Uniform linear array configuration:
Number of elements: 24
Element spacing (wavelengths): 0.25
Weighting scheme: kaiser
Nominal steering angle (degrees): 0
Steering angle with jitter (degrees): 1.03
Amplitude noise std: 0.05
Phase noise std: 0.05

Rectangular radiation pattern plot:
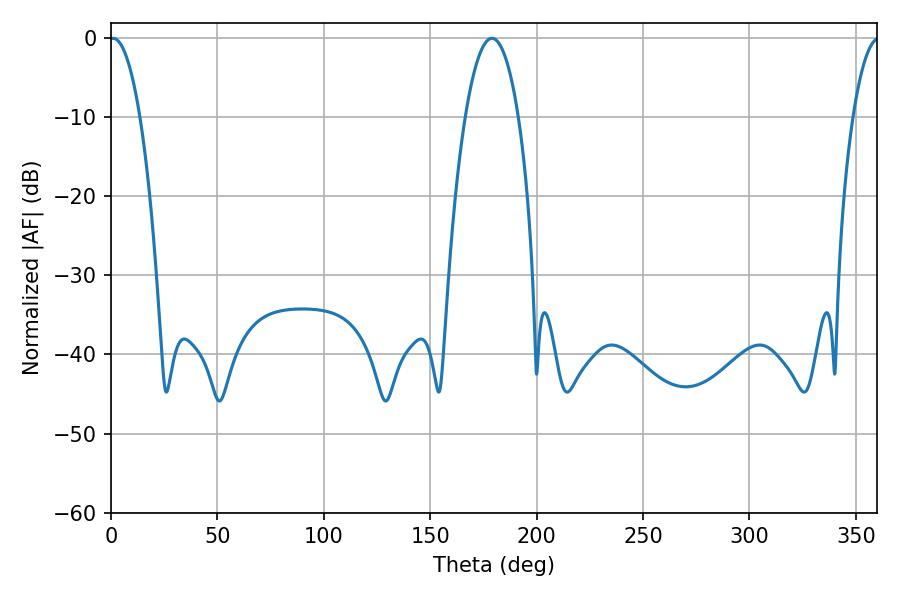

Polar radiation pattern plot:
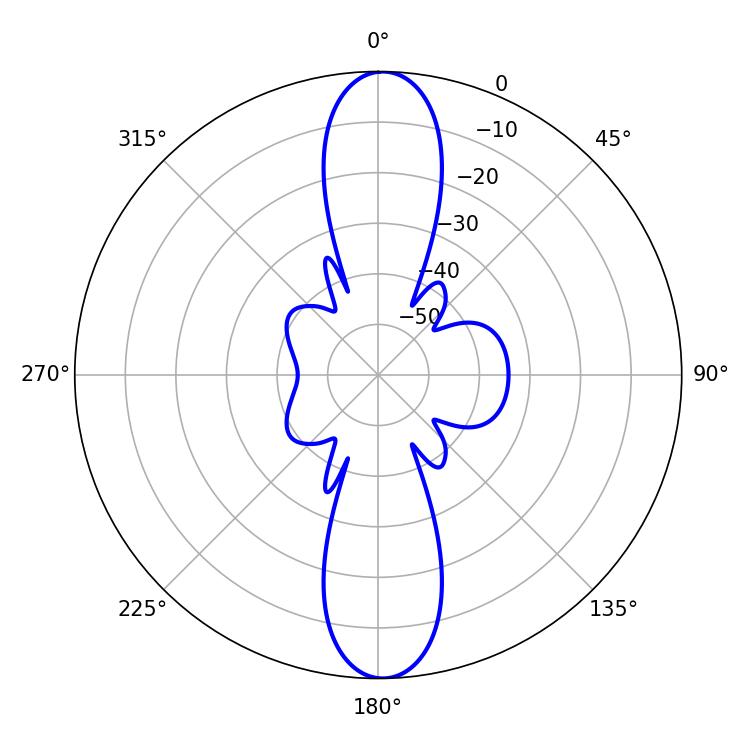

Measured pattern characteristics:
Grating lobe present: FALSE
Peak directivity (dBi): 23.121
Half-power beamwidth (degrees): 7.92
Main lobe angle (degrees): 0.9